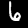
Label: 6